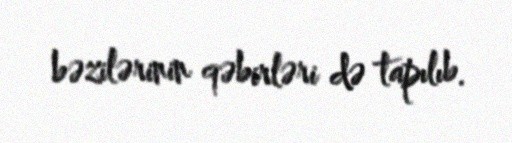
bəzilərinin qəbirləri də tapılıb.